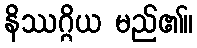
နိဿဂ္ဂိယ မည်၏။